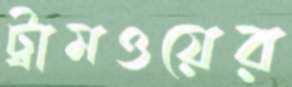
ট্রামওয়ের